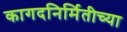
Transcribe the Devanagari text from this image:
कागदनिर्मितीच्या